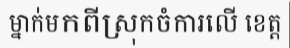
ម្នាក់មកពីស្រុកចំការលើ ខេត្ត